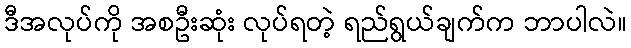
ဒီအလုပ်ကို အစဦးဆုံး လုပ်ရတဲ့ ရည်ရွယ်ချက်က ဘာပါလဲ။